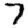
Digit: 7